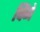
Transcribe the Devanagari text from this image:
चिंगे